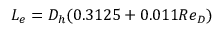
L _ { e } = D _ { h } ( 0 . 3 1 2 5 + 0 . 0 1 1 R e _ { D } )